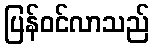
ပြန်ဝင်လာသည်